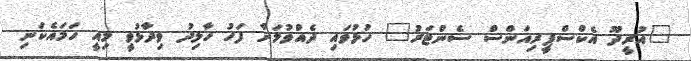
"އުރީދޫ އެކްސްޕީރިއަންސް ސެންޓަރު" ހުޅުވައި ދެއްވުމަށް ފަހު ހާލިދު ވިދާޅުވީ މިއީ ހަމައެކަނި